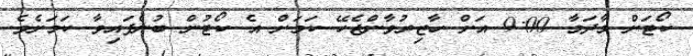
ކޯޓަށް މާދަމާ 9:00 އަށް ހާޒިރުވާންޖެހޭ ކަމަށް އެ ކޯޓުން ބުނެފައިވާ ކަމަށެވެ.